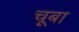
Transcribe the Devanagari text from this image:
चूबा